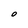
Character: O